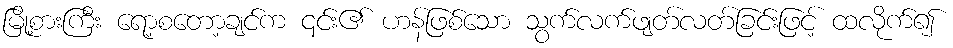
မြို့စားကြီး ရော့စတော့ချင်က ၎င်း၏ ဟန်ဖြစ်သော သွက်လက်ဖျတ်လတ်ခြင်းဖြင့် ထလိုက်၍